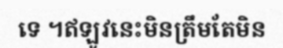
ទេ ។ឥឡូវនេះមិនត្រឹមតែមិន